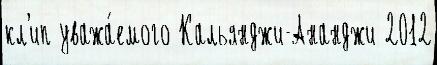
кл'ип уважа́емого Кальянджи-Ананджи 2012